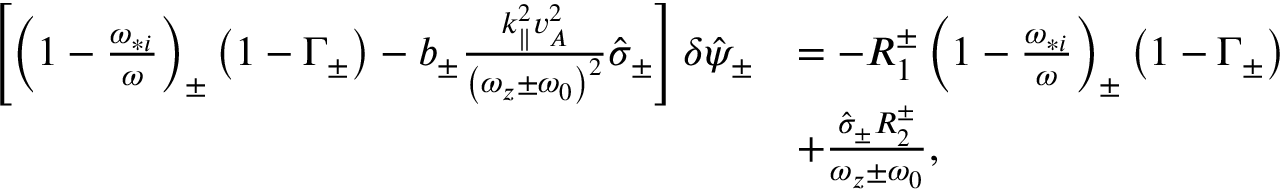
\begin{array} { r l } { \left[ \left( 1 - \frac { \omega _ { * i } } { \omega } \right) _ { \pm } \left( 1 - \Gamma _ { \pm } \right) - b _ { \pm } \frac { k _ { \parallel } ^ { 2 } v _ { A } ^ { 2 } } { \left( \omega _ { z } \pm \omega _ { 0 } \right) ^ { 2 } } \hat { \sigma } _ { \pm } \right] \delta \hat { \psi } _ { \pm } } & { = - R _ { 1 } ^ { \pm } \left( 1 - \frac { \omega _ { * i } } { \omega } \right) _ { \pm } \left( 1 - \Gamma _ { \pm } \right) } \\ & { + \frac { \hat { \sigma } _ { \pm } R _ { 2 } ^ { \pm } } { \omega _ { z } \pm \omega _ { 0 } } , } \end{array}